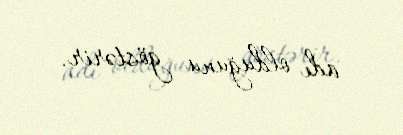
adı olduğunu göstərir.